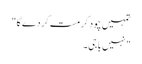
تمہیں چود کر مست کر دے گا"
"نہیں باجی۔